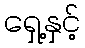
ရှေ့နှင့်